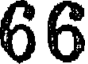
66